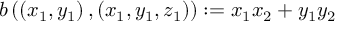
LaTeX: b \left( \left( x _ { 1 } , y _ { 1 } \right) , \left( x _ { 1 } , y _ { 1 } , z _ { 1 } \right) \right) : = x _ { 1 } x _ { 2 } + y _ { 1 } y _ { 2 }